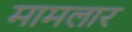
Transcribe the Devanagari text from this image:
मामलार